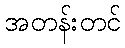
အတန်းတင်